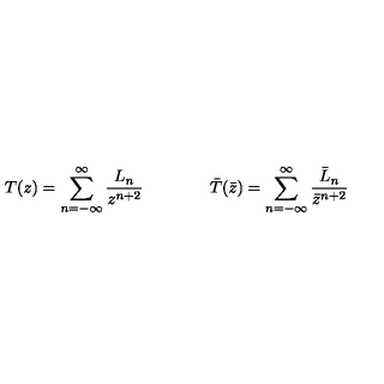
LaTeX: T ( z ) = \sum _ { n = - \infty } ^ { \infty } \frac { L _ { n } } { z ^ { n + 2 } } \qquad \qquad \bar { T } ( \bar { z } ) = \sum _ { n = - \infty } ^ { \infty } \frac { \bar { L } _ { n } } { \bar { z } ^ { n + 2 } }